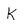
Character: k